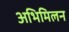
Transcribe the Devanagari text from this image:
अभिमिलन